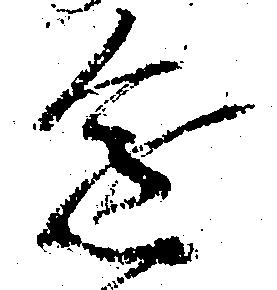
進